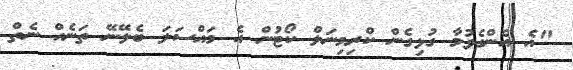
"އެ އެންގެވުމާ ގުޅިގެން ކްރިމިނަލް ކޯޓުން އެ މައްސަލަ ބެލޭނޭ ތަނެއް ނެތް